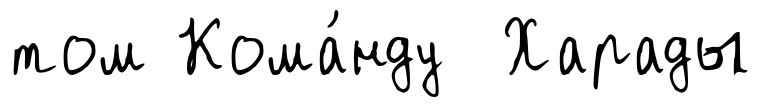
том Кома́нду Харады